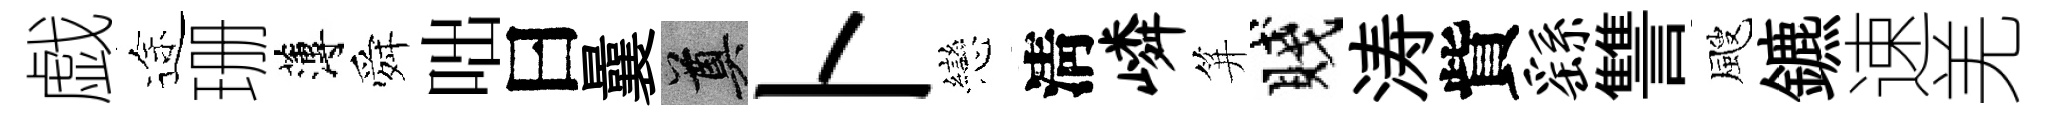
戯途珊薄舜咄曰曩奠卜戀淸嶙笄賤涛貲繇讐颼鑣速羌